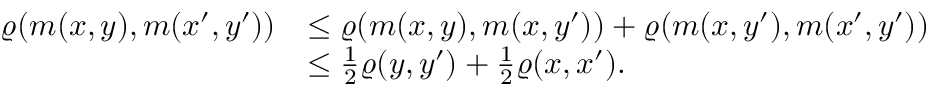
\begin{array} { r l } { \varrho ( m ( x , y ) , m ( x ^ { \prime } , y ^ { \prime } ) ) } & { \leq \varrho ( m ( x , y ) , m ( x , y ^ { \prime } ) ) + \varrho ( m ( x , y ^ { \prime } ) , m ( x ^ { \prime } , y ^ { \prime } ) ) } \\ & { \leq \frac { 1 } { 2 } \varrho ( y , y ^ { \prime } ) + \frac { 1 } { 2 } \varrho ( x , x ^ { \prime } ) . } \end{array}